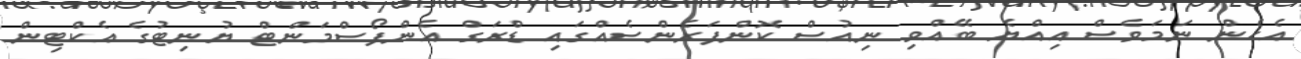
އެހެން ނަމަވެސް އިއްޔެ ބޭއްވި ނިއުސް ކޮންފަރެންސެއްގައި ޑްރަގް އެންފޯސްމަންޓް ޔުނިޓުގެ އެކްޓިން